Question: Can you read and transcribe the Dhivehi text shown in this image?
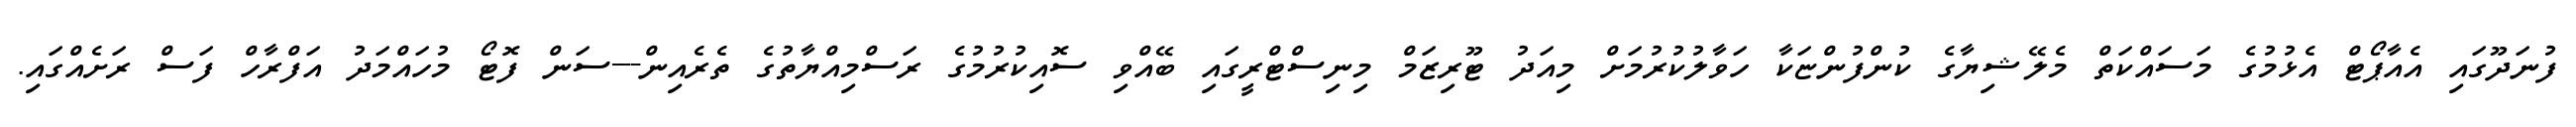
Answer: ފުނަދޫގައި އެއާޕޯޓް އެޅުމުގެ މަސައްކަތް މެލޭޝިޔާގެ ކުންފުންޏަކާ ހަވާލުކުރުމަށް މިއަދު ޓޫރިޒަމް މިނިސްޓްރީގައި ބޭއްވި ސޮއިކުރުމުގެ ރަސްމިއްޔާތުގެ ތެރެއިން---ސަން ފޮޓޯ މުހައްމަދު އަފްރާހް ފަސް ރަށެއްގައި.